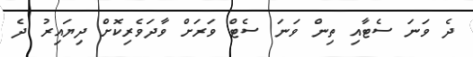
ދެ ވަނަ ސެޓާއި ތިން ވަނަ ސެޓް ވަރަށް ވާދަވެރިކޮށް ދިޔައިރު ދެ